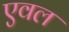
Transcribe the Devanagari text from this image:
एवल